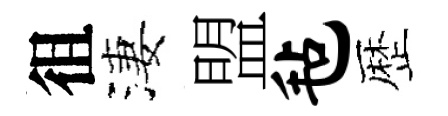
徂淒盟毡歴